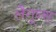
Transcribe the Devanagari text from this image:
लैगून्स